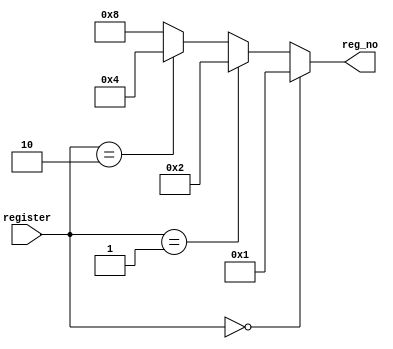
module decoder2_4 (register,reg_no);
	input [1:0]register;
	output [3:0]reg_no;
	reg [3:0] reg_no;
	always @(register)
		begin
		if(register==2'b00)
			reg_no = 4'b0001;
		else if (register==2'b01)
			reg_no = 4'b0010;
		else if (register==2'b10)
			reg_no = 4'b0100;
		else
			reg_no = 4'b1000;
		end
endmodule

module tb_decoder2_4;
	reg [1:0]register;
	wire [3:0] reg_no;
	decoder2_4 d1(register,reg_no);
	initial
		$monitor($time, "register=%b, reg_no=%b\n",register,reg_no);
	initial
		begin
		#0 register = 2'b00;
		#1 register = 2'b01;
		#1 register = 2'b10;
		#1 register = 2'b11;
		#1 register = 2'b01;
		#2 $finish;
		end
endmodule